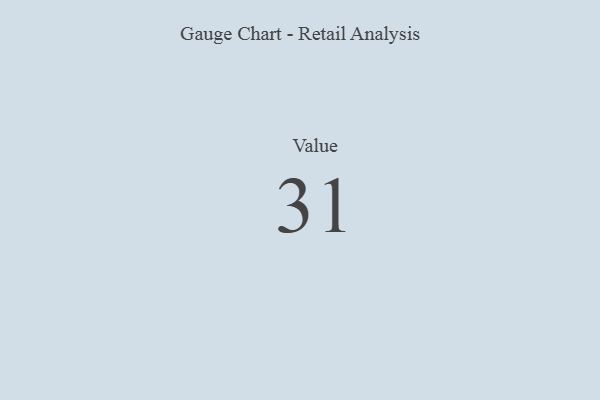
{"axis": {"x": "Metric", "y": "Value"}, "legend": [""], "data": [{"x": "Value", "y": 31, "type": ""}]}